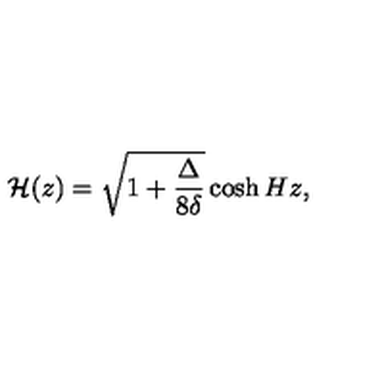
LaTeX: { \cal H } ( z ) = \sqrt { 1 + \frac { \Delta } { 8 \delta } } \cosh { H z } ,